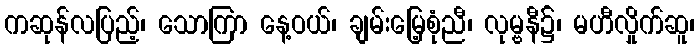
ကဆုန်လပြည့်၊ သောကြာ နေ့ဝယ်၊ ချမ်းမြေ့စုံညီ၊ လုမ္ဗနီ၌၊ မဟီလှိုက်ဆူ၊